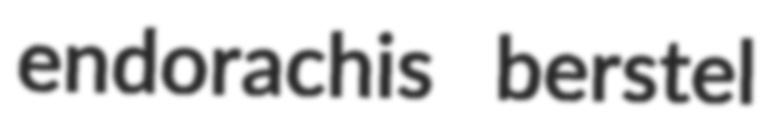
endorachis berstel